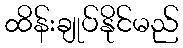
ထိန်းချုပ်နိုင်မည်